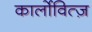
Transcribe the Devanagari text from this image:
कार्लोवित्ज़